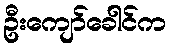
ဦးကျော်ခေါင်က